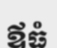
ឪធំ